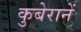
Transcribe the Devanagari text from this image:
कुबेरानें